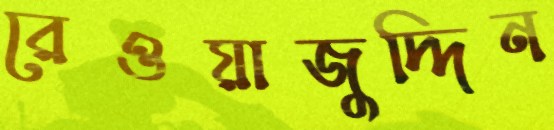
রেওয়াজুদ্দিন